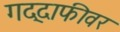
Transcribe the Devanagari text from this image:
गद्दाफीवर